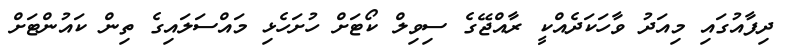
ދިފާއުގައި މިއަދު ވާހަކަދެއްކީ ރާއްޖޭގެ ސިވިލް ކޯޓަށް ހުށަހެޅި މައްސަލައިގެ ތިން ކައުންޓަށް